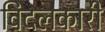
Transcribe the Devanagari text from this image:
विदलकारी